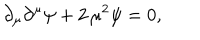
\partial _ { \mu } \partial ^ { \mu } \psi + 2 \, \mu ^ { 2 } \psi = 0 ,